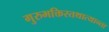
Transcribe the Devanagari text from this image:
गुरुभक्तिस्तथात्यान्ता